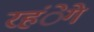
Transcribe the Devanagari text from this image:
रहंेगे